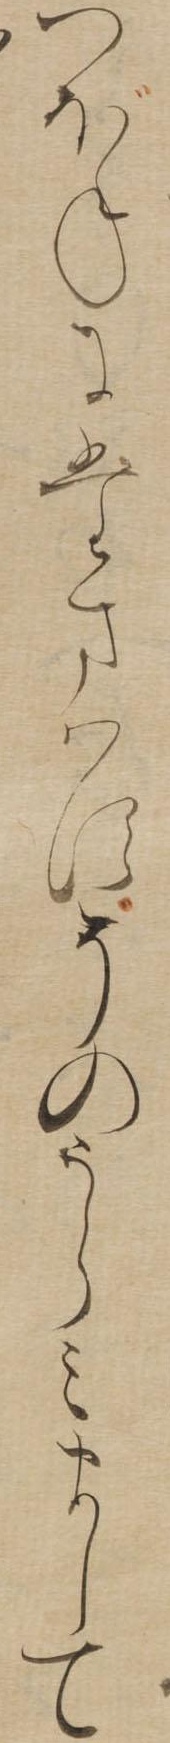
つぼねにたまはすそのうらみまして